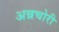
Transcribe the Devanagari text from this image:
अन्नचोरी